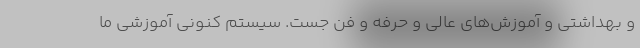
و بهداشتی و آموزش‌های عالی و حرفه و فن جُست. سیستم کنونی آموزشی ما